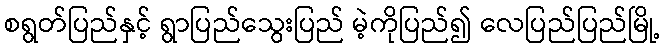
စရွတ်ပြည်နှင့် ရွာပြည်သွေးပြည် မဲ့ကိုပြည်၍ လေပြည်ပြည်မြို့